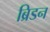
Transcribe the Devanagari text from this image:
ब्रिडन